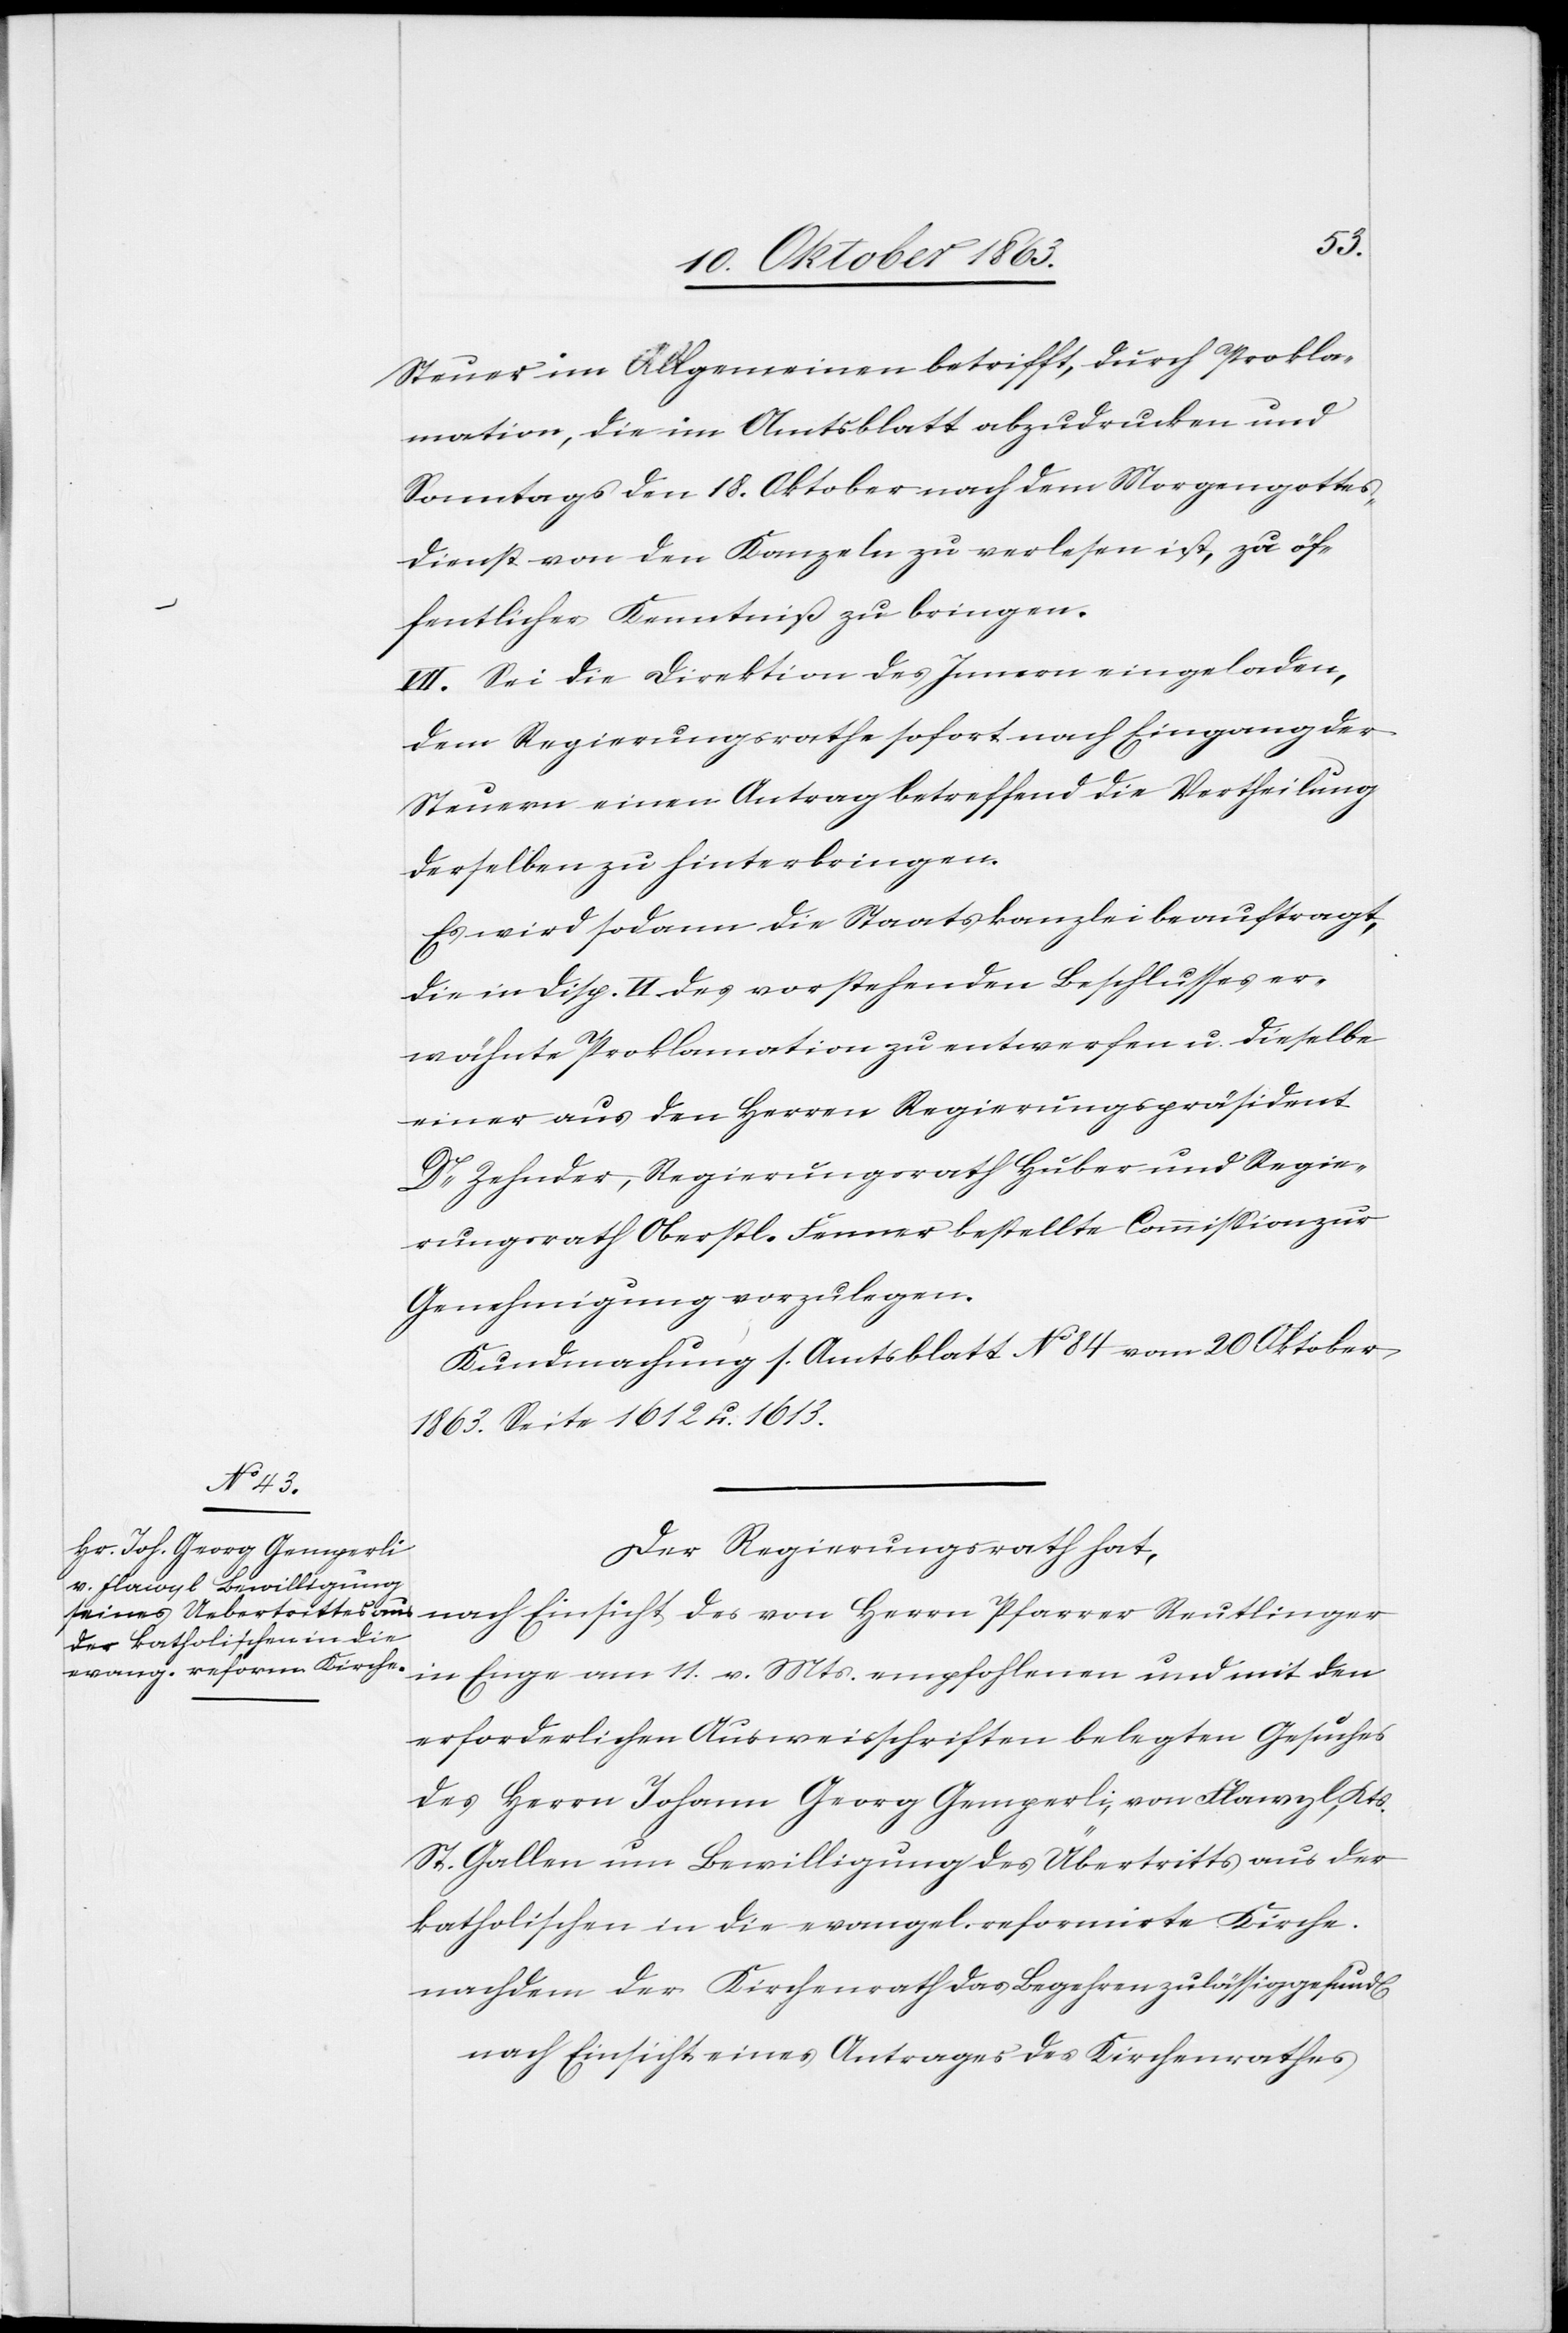
Steuer im Allgemeinen betrifft, durch Prokla¬
mation, die im Amtsblatt abzudrucken und
Sonntags den 18. Oktober nach dem Morgengottes¬
dienst von den Kanzeln zu verlesen ist, zu öf¬
fentlicher Kenntniß zu bringen.
VII. Sei die Direktion des Innern eingeladen,
dem Regierungsrathe sofort nach Eingang der
Steuern einen Antrag betreffend die Vertheilung
derselben zu hinterbringen.
Es wird sodann die Staatskanzlei beauftragt,
die in Disp. VI des vorstehenden Beschlusses er¬
wähnte Proklamation zu entwerfen u. dieselbe
einer aus den Herren Regierungspräsident
Dr Zehnder, Regierungsrath Huber und Regie¬
rungsrath Oberstl. Fenner bestellte Commission zur
Genehmigung vorzulegen.
Kundmachung s. Amtsblatt No 84 vom 20 Oktober
1863. Seite 1612 u. 1613.
Der Regierungsrath hat,
nach Einsicht des von Herrn Pfarrer Reutlinger
in Enge am 11. v. Mts. empfohlenen und mit den
erforderlichen Ausweisschriften belegten Gesuches
des Herrn Johann Georg Gemperli, von Flawyl, Kts.
St. Gallen um Bewilligung des Übertritts aus der
katholischen in die evangel. reformirte Kirche.
nachdem der Kirchenrath das Begehren zulässig gefund[en]
nach Einsicht eines Antrages des Kirchenrathes